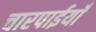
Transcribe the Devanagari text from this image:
चारपाईयाँ